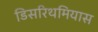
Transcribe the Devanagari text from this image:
डिसरिथमियास